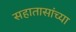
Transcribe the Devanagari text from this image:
सहातासांच्या